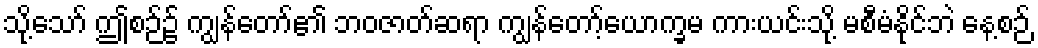
သို့သော် ဤစဉ်၌ ကျွန်တော်၏ ဘဝဇာတ်ဆရာ ကျွန်တော့်ယောက္ခမ ကားယင်းသို့ မစီမံနိုင်ဘဲ နေ့စဉ်